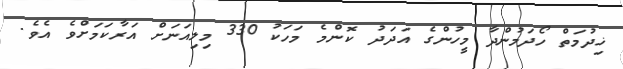
ޚިދުމަތް ހޯދަމުންދާ މީހުންގެ އަދަދު ކޮންމެ މަހަކު 330 މިލިއަނަށް އަރާކަމަށްވެ އެވެ.